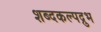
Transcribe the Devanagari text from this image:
शब्दकल्पद्रुभ